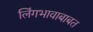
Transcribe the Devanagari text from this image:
लिंगभावाबाबत